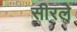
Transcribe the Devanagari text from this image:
सीरले